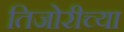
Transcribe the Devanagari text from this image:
तिजोरीच्या